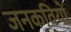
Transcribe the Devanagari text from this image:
जनकवियों